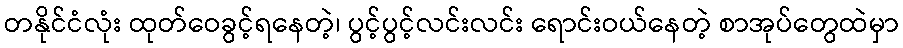
တနိုင်ငံလုံး ထုတ်ဝေခွင့်ရနေတဲ့၊ ပွင့်ပွင့်လင်းလင်း ရောင်းဝယ်နေတဲ့ စာအုပ်တွေထဲမှာ